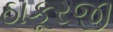
ઠાકૂરજી